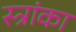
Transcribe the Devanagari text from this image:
स्त्रांका